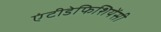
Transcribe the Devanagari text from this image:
एंटीडेफिशियेंसी